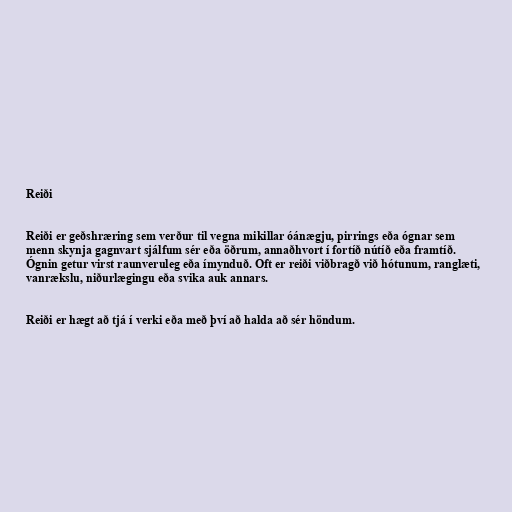
Reiði

Reiði er geðshræring sem verður til vegna mikillar óánægju, pirrings eða ógnar sem
menn skynja gagnvart sjálfum sér eða öðrum, annaðhvort í fortíð nútíð eða framtíð.
Ógnin getur virst raunveruleg eða ímynduð. Oft er reiði viðbragð við hótunum, ranglæti,
vanrækslu, niðurlægingu eða svika auk annars.

Reiði er hægt að tjá í verki eða með því að halda að sér höndum.